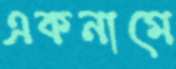
একনামে